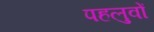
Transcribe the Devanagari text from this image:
पहलुवों